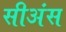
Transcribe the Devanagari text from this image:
सीअंस